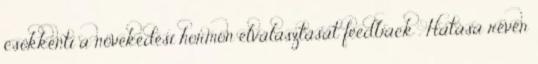
csökkenti a növekedési hormon elválasztását feedback . Hatása révén